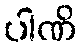
ပါဏိ